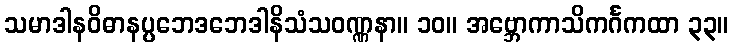
သမာဒါနဝိဓာနပ္ပဘေဒဘေဒါနိသံသဝဏ္ဏနာ။ ၁၀။ အဗ္ဘောကာသိကင်္ဂကထာ ၃၃။